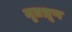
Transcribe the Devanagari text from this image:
मृतभ्रूण